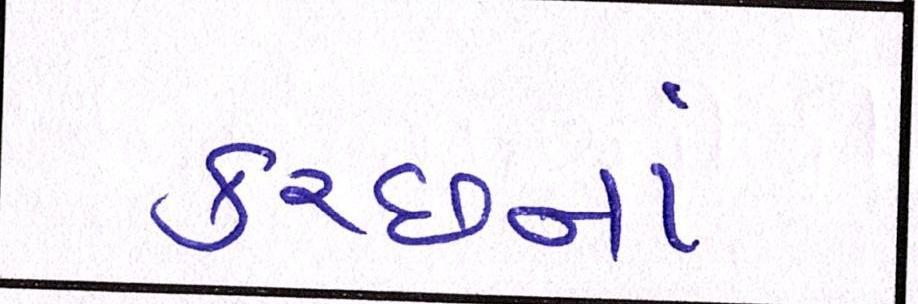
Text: કચ્છનાં